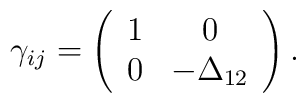
\gamma_{ij}=\left(\begin{array}{cc} 1 & 0\\ 0 & -\Delta_{12}\end{array}\right).